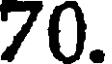
70.